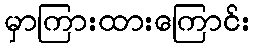
မှာကြားထားကြောင်း